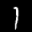
Label: 1